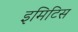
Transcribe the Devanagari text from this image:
इमिटिस